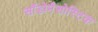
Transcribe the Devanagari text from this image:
सॉडोमैसोस्टिक